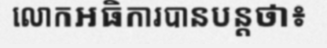
លោកអធិការបានបន្តថា៖